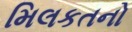
મિલકતનો